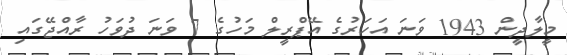
މީލާދީން 1943 ވަނަ އަހަރުގެ އޭޕްރީލް މަހުގެ 7 ވަނަ ދުވަހު ރާއްޖޭގައި